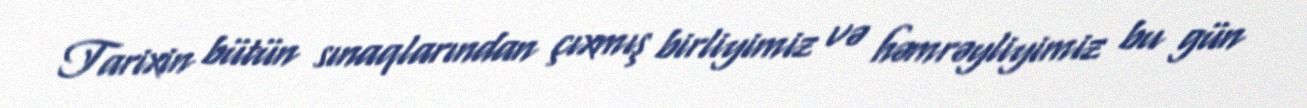
Tarixin bütün sınaqlarından çıxmış birliyimiz və həmrəyliyimiz bu gün